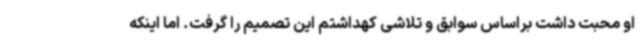
او محبت داشت براساس سوابق و تلاشی کهداشتم این تصمیم را گرفت. اما اینکه